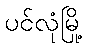
ပင်လုံမြို့